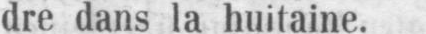
dre dans la huitaine.